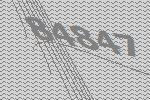
84847